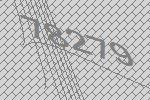
78279